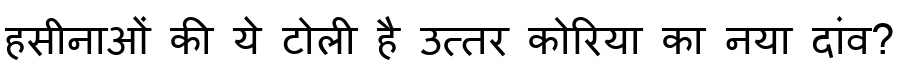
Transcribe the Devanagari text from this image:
हसीनाओं की ये टोली है उत्तर कोरिया का नया दांव?